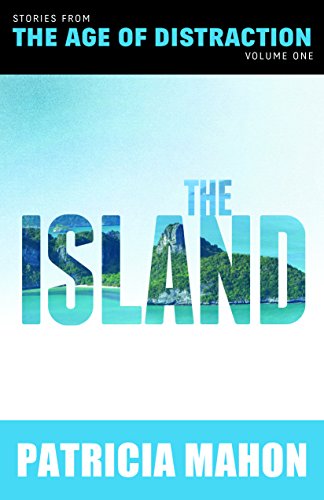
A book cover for Age of Distraction: The Island; Patricia Mahon; Mystery, Thriller & Suspense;